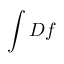
\int { \cal D } f